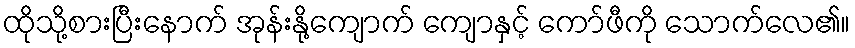
ထိုသို့စားပြီးနောက် အုန်းနို့ကျောက် ကျောနှင့် ကော်ဖီကို သောက်လေ၏။